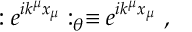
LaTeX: : e ^ { i k ^ { \mu } x _ { \mu } } : _ { \theta } \equiv e ^ { i k ^ { \mu } x _ { \mu } } ~ ,